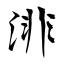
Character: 渄